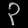
Digit: ၃